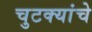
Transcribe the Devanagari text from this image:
चुटक्यांचे